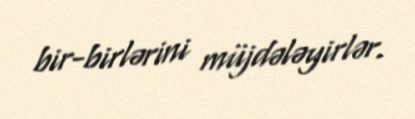
bir-birlərini müjdələyirlər.